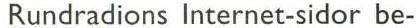
Rundradions Internet-sidor be-